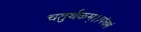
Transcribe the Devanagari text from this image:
चतुर्थकम्।।पंचमं